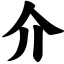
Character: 介